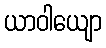
ယာဝါယျော